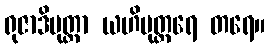
ရုဇာဒိမုတ္တာ ယဟိမုတ္တရေ တရေ။